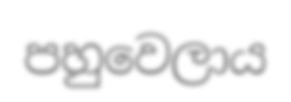
පහුවෙලාය